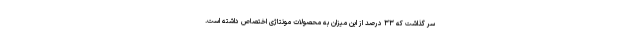
سر گذاشت که ۳۳ درصد از این میزان به محصولات مونتاژی اختصاص داشته است.